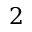
2